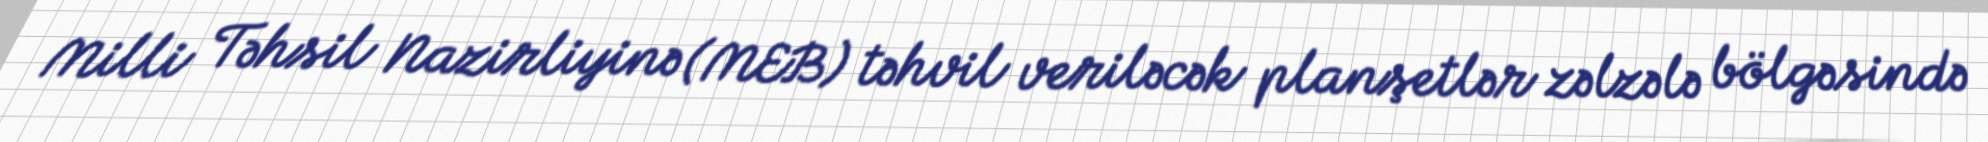
Milli Təhsil Nazirliyinə (MEB) təhvil veriləcək planşetlər zəlzələ bölgəsində